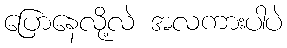
ပြောနေလို့လဲ အလကားပါပဲ